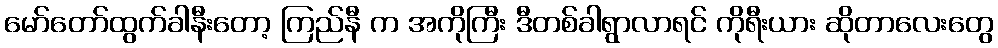
မော်တော်ထွက်ခါနီးတော့ ကြည်နီ က အကိုကြီး ဒီတစ်ခါရွာလာရင် ကိုရီးယား ဆိုတာလေးတွေ